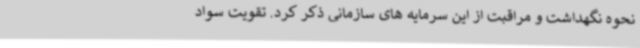
نحوه نگهداشت و مراقبت از این سرمایه های سازمانی ذکر کرد. تقویت سواد